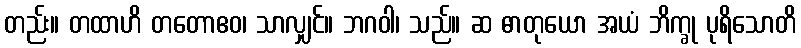
တည်း။ တထာဟိ တတောဧဝ၊ သာလျှင်။ ဘဂဝါ၊ သည်။ ဆ ဓာတုယော အယံ ဘိက္ခု ပုရိသောတိ